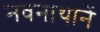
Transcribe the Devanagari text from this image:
नवनाथानें